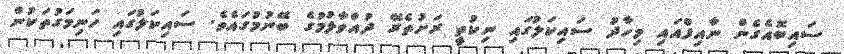
ސައިބޮއެގެން ނާއިފްއައި މިހާދު ސައިކަލުގައި ނިކުތީ ރަށުތެރޭ ދުއްވާލުމުގެ ބޭނުމުގައެވެ. ސައިކަލުގައި ހަނިމަގުތަކުން